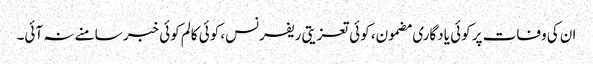
ان کی وفات پر کوئی یادگاری مضمون، کوئی تعزیتی ریفرنس، کوئی کالم کوئی خبر سامنے نہ آئی۔